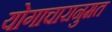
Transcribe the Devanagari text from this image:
योगाचारानुमत